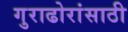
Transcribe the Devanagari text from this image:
गुराढोरांसाठी